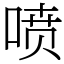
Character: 喷